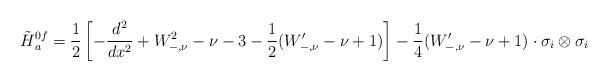
LaTeX: \begin{align*}\tilde{H}{}^{0f}_a=\frac{1}{2}\left[-\frac{d^2}{dx^2}+W_{-,\nu}^2-\nu-3-\frac{1}{2}(W'_{-,\nu}-\nu+1)\right]-\frac{1}{4}(W'_{-,\nu}-\nu+1)\cdot\sigma_i\otimes \sigma_i\end{align*}